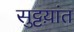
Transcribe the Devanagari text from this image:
सुट्टय़ांत